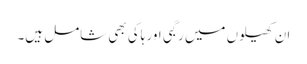
ان کھیلوں میں رگبی اور ہاکی بھی شامل ہیں۔